Lunatic asylums in Bengal annual reports 1888-1898 - 1888-1898
Year: 1888
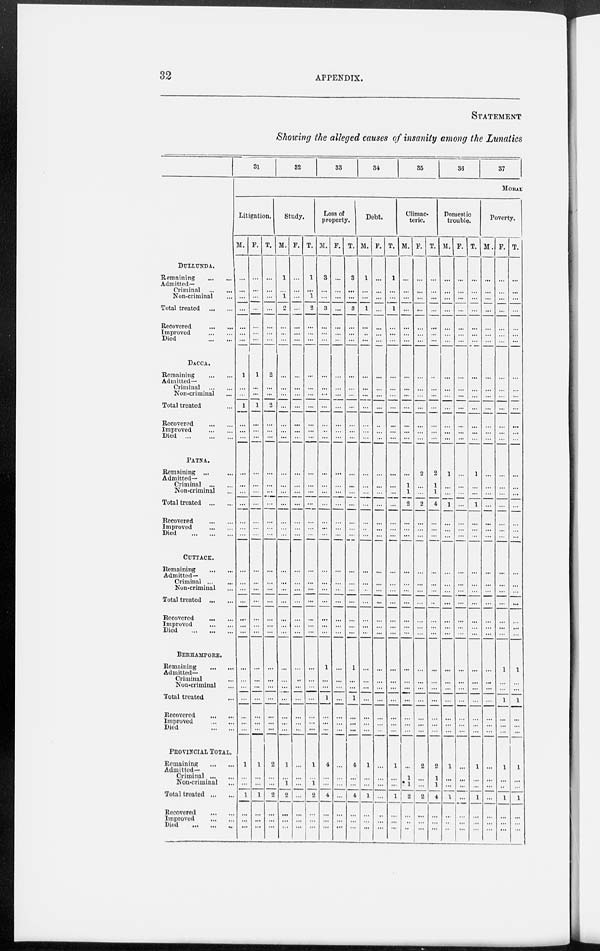
32
APPENDIX.
STATEMENT
Showing the alleged causes of insanity among the Lunatics
DULLUNDA.
Remaining
...
...
Admitted—
Criminal ... ...
Non-criminal ...
Total treated
...
...
Recovered
...
...
Improved
...
...
Died
...
...
DACCA.
Remaining
...
...
Admitted—
Criminal
...
...
Non-criminal ...
Total treated ...
Recovered
...
...
Improved
...
...
Died
...
...
...
PATNA.
Remaining ... ...
Admitted—
Criminal
...
...
Non-criminal ...
Total treated
...
...
Recovered ... ...
Improved
...
...
Died
...
...
...
CUTTACK.
Remaining
...
...
Admitted—
Criminal
...
...
Non-criminal ...
Total treated
...
...
Recovered
...
...
Improved ... ...
Died
...
...
...
BERHAMPORE.
Remaining
...
...
Admitted—
Criminal ...
Non-criminal ...
Total treated ...
Recovered
...
...
Improved
...
...
Died
...
...
PROVINCIAL TOTAL.
Remaining
... ...
Admitted—
Criminal
...
...
Non-criminal ...
Total treated ... ...
Recovered
...
...
Improved
...
...
Died ... ... ...
31
32
33
34
35
36
37
MORAL
Litigation.
M.
...
...
...
...
...
...
...
1
...
...
1
...
...
...
...
...
...
...
...
...
...
...
...
...
...
...
...
...
...
...
...
...
...
...
...
1
...
...
1
...
...
...
F.
...
...
...
...
...
...
...
1
...
...
1
...
...
...
...
...
...
...
...
...
...
...
...
...
...
...
...
...
...
...
...
...
...
...
...
1
...
...
1
...
...
...
T.
...
...
...
...
...
...
...
2
...
...
2
...
...
...
...
...
...
...
...
...
...
...
...
...
...
...
...
...
...
...
...
...
...
...
...
2
...
...
2
...
...
...
Study.
M.
1
...
1
2
...
...
...
...
...
...
...
...
...
...
...
...
...
...
...
...
...
...
...
...
...
...
...
...
...
...
...
...
...
...
...
1
...
1
2
...
...
...
F.
...
...
...
...
...
...
...
...
...
...
...
...
...
...
...
...
...
...
...
...
...
...
...
...
...
...
...
...
...
...
...
...
...
...
...
...
...
...
...
...
...
...
T.
1
...
1
2
...
...
...
...
...
...
...
...
...
...
...
...
...
...
...
...
...
...
...
...
...
...
...
...
...
...
...
...
...
...
...
1
...
1
2
...
...
...
Loss of
property.
M.
3
...
...
3
...
...
...
...
...
...
...
...
...
...
...
...
...
...
...
...
...
...
...
...
...
...
...
...
1
...
...
1
...
...
...
4
...
...
4
...
...
...
F.
...
...
...
...
...
...
...
...
...
...
...
...
...
...
...
...
...
...
...
...
...
...
...
...
...
...
...
...
...
...
...
...
...
...
...
...
...
...
...
...
...
...
T.
3
...
...
3
...
...
...
...
...
...
...
...
...
...
...
...
...
...
...
...
...
...
...
...
...
...
...
...
1
...
...
1
...
...
...
4
...
...
4
...
...
...
Debt.
M.
1
...
...
1
...
...
...
...
...
...
...
...
...
...
...
...
...
...
...
...
...
...
...
...
...
...
...
...
...
...
...
...
...
...
...
1
...
...
1
...
...
...
F.
...
...
...
...
...
...
...
...
...
...
...
...
...
...
...
...
...
...
...
...
...
...
...
...
...
...
...
...
...
...
...
...
...
...
...
...
...
...
...
...
...
...
T.
1
...
...
1
...
...
...
...
...
...
...
...
...
...
...
...
...
...
...
...
...
...
...
...
...
...
...
...
...
...
...
...
...
...
...
1
...
...
1
...
...
...
Climac-
teric.
M.
...
...
...
...
...
...
...
...
...
...
...
...
...
...
...
1
1
2
...
...
...
...
...
...
...
...
...
...
...
...
...
...
...
...
...
...
1
1
2
...
...
...
F.
...
...
...
...
...
...
...
...
...
...
...
...
...
...
2
...
...
2
...
...
...
...
...
...
...
...
...
...
...
...
...
...
...
...
...
2
...
...
2
...
...
...
T.
...
...
...
...
...
...
...
...
...
...
...
...
...
...
2
1
1
4
...
...
...
...
...
...
...
...
...
...
...
...
...
...
...
...
...
2
1
1
4
...
...
...
Domestic
trouble.
M.
...
...
...
...
...
...
...
...
...
...
...
...
...
...
1
...
...
1
...
...
...
...
...
...
...
...
...
...
...
...
...
...
...
...
...
1
...
...
1
...
...
...
F.
...
...
...
...
...
...
...
...
...
...
...
...
...
...
...
...
...
...
...
...
...
...
...
...
...
...
...
...
...
...
...
...
...
...
...
...
...
...
...
...
...
...
T.
...
...
...
...
...
...
...
...
...
...
...
...
...
...
1
...
...
1
...
...
...
...
...
...
...
...
...
...
...
...
...
...
...
...
...
1
...
...
1
...
...
...
Poverty.
M.
...
...
...
...
...
...
...
...
...
...
...
...
...
...
...
...
...
...
...
...
...
...
...
...
...
...
...
...
...
...
...
...
...
...
...
...
...
...
...
...
...
...
F.
...
...
...
...
...
...
...
...
...
...
...
...
...
...
...
...
...
...
...
...
...
...
...
...
...
...
...
...
1
...
...
1
...
...
...
1
...
...
1
...
...
...
T.
...
...
...
...
...
...
...
...
...
...
...
...
...
...
...
...
...
...
...
...
...
...
...
...
...
...
...
...
1
...
...
1
...
...
...
1
...
...
1
...
...
...